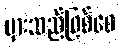
မှားသည်ဖြစ်စေ